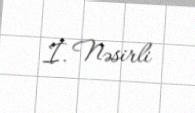
İ. Nəsirli